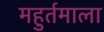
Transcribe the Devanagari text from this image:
महुर्तमाला